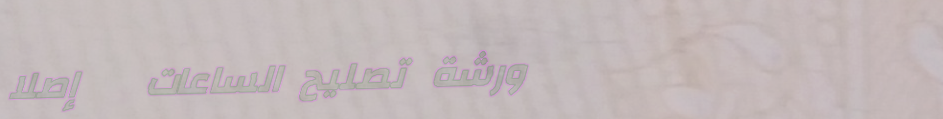
ورشة تصليح الساعات   إصلا